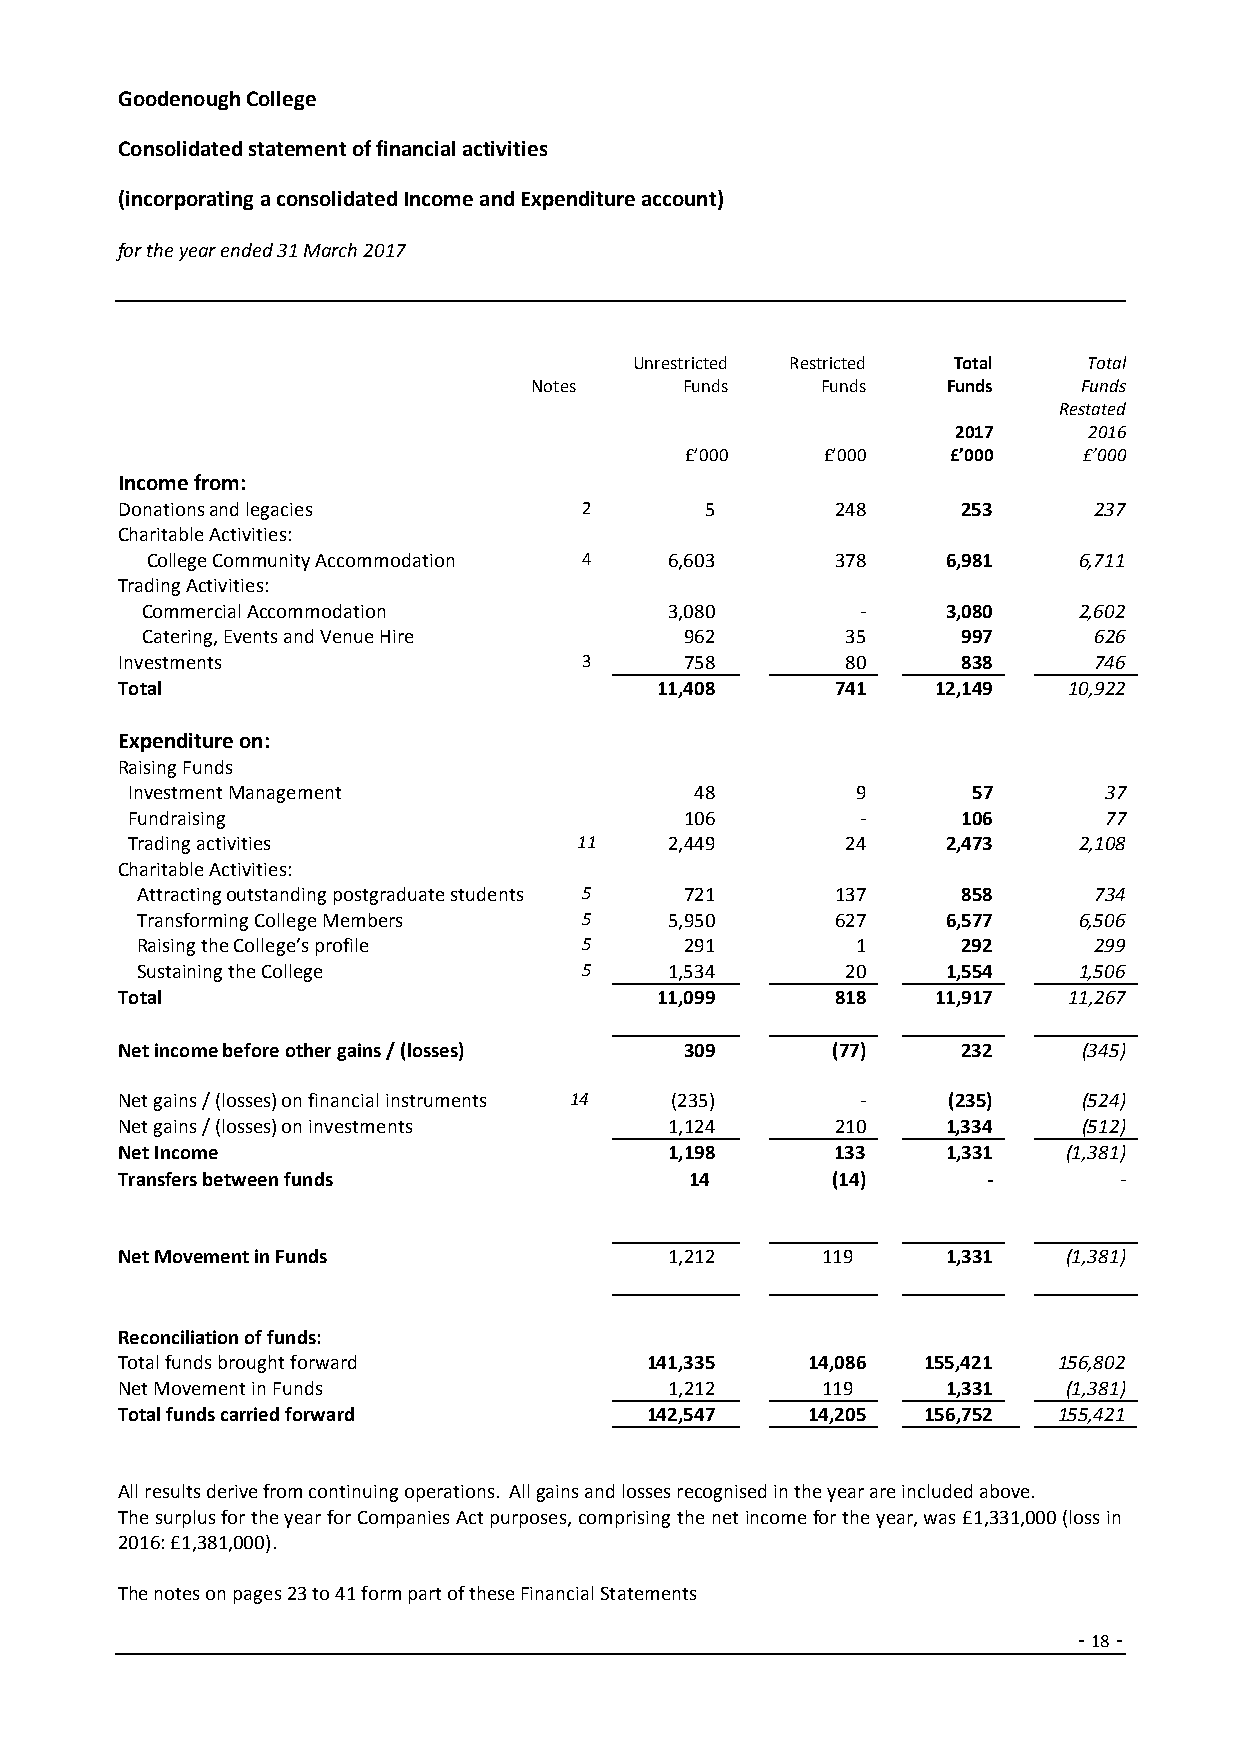
Goodenough College
 Consolidated statement of financial activities
 (incorporating a consolidated Income and Expenditure account)
 for the year ended 31 March 2017
 Unrestricted Restricted Total Total
 Notes     Funds    Funds    Funds    Funds
 Restated
 2017     2016
 £’000     £’000   £’000    £’000
 Income from:
 Donations and legacies         2       5       248      253     237
 Charitable Activities:
 College Community Accommodation 4 6,603      378     6,981   6,711
 Trading Activities:
 Commercial Accommodation           3,080        -     3,080   2,602
 Catering, Events and Venue Hire     962        35      997     626
 Investments                    3     758        80      838     746
 Total                              11,408      741    12,149   10,922
 Expenditure on:
 Raising Funds
 Investment Management                 48         9      57       37
 Fundraising                          106         -      106      77
 Trading activities            11    2,449       24     2,473   2,108
 Charitable Activities:
 Attracting outstanding postgraduate students 5 721 137 858     734
 Transforming College Members  5    5,950      627     6,577   6,506
 Raising the College’s profile 5     291         1      292     299
 Sustaining the College        5    1,534       20     1,554   1,506
 Total                              11,099      818    11,917   11,267
 Net income before other gains / (losses) 309   (77)     232     (345)
 Net gains / (losses) on financial instruments 14 (235) - (235)  (524)
 Net gains / (losses) on investments 1,124      210     1,334    (512)
 Net Income                          1,198      133     1,331   (1,381)
 Transfers between funds               14       (14)      -        -
 Net Movement in Funds               1,212     119      1,331   (1,381)
 Reconciliation of funds:
 Total funds brought forward        141,335   14,086  155,421  156,802
 Net Movement in Funds               1,212     119      1,331   (1,381)
 Total funds carried forward        142,547   14,205  156,752  155,421
 All results derive from continuing operations. All gains and losses recognised in the year are included above.
 The surplus for the year for Companies Act purposes, comprising the net income for the year, was £1,331,000 (loss in
 2016: £1,381,000).
 The notes on pages 23 to 41 form part of these Financial Statements
 - 18 -